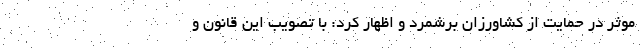
موثر در حمایت از کشاورزان برشمرد و اظهار کرد: با تصویب این قانون و